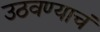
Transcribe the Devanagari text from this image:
उठवण्याचं